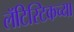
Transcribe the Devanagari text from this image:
लॅटिस्टिकच्या